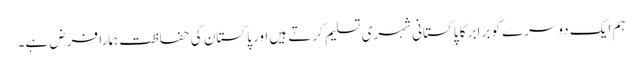
ہم ایک دوسرے کو برابر کا پاکستانی شہری تسلیم کرتے ہیں اور پاکستان کی حفاظت ہمارا فرض ہے۔